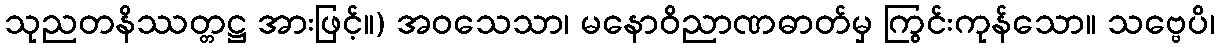
သုညတနိဿတ္တဋ္ဌ အားဖြင့်။) အဝသေသာ၊ မနောဝိညာဏဓာတ်မှ ကြွင်းကုန်သော။ သဗ္ဗေပိ၊